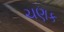
ચણક